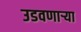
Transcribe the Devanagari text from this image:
उडवणाऱ्या